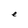
Character: e